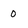
Character: 0